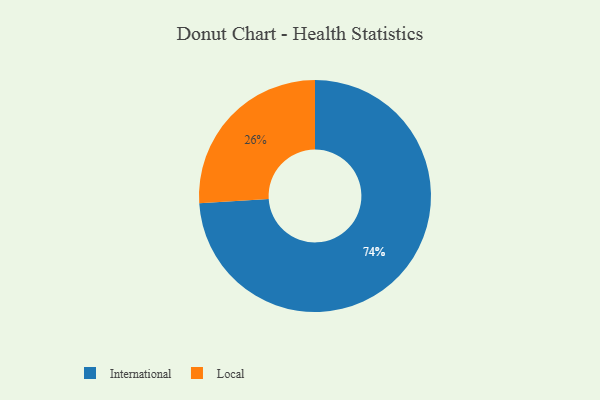
{"axis": {"x": "Category", "y": "Percentage"}, "legend": ["International", "Local"], "data": [{"x": "Local", "y": 26, "type": "Local"}, {"x": "International", "y": 74, "type": "International"}]}